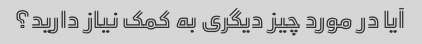
آیا در مورد چیز دیگری به کمک نیاز دارید؟